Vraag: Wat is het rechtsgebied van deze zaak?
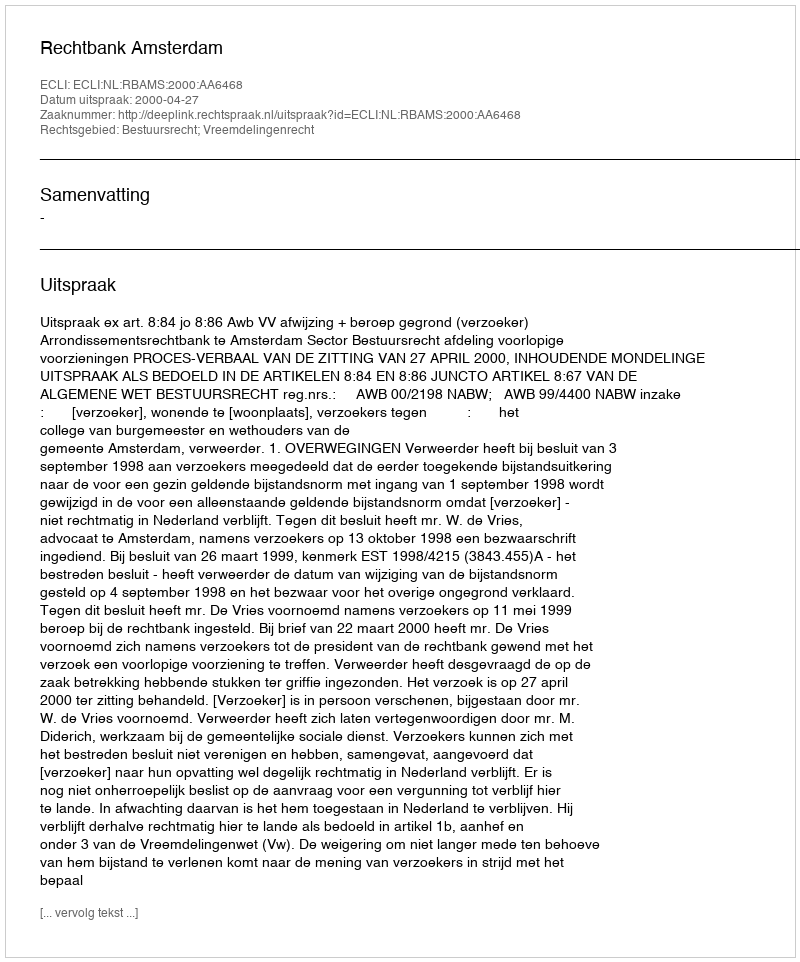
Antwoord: Bestuursrecht; Vreemdelingenrecht